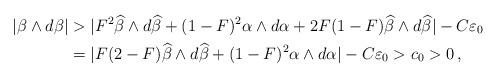
LaTeX: \begin{align*}|\beta\wedge d\beta|&>|F^2\widehat \beta \wedge d\widehat \beta + (1-F)^2\alpha\wedge d\alpha + 2F(1-F)\widehat \beta \wedge d\widehat\beta|-C\varepsilon_0\\&=|F(2-F)\widehat \beta \wedge d\widehat \beta+(1-F)^2\alpha\wedge d\alpha|-C\varepsilon_0>c_0>0\,,\end{align*}